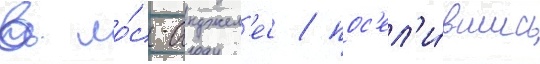
в ло́с-анджел'ес / пос'ел'и́вшись